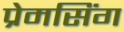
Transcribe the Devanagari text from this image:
प्रेमसिंग